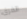
الفرق